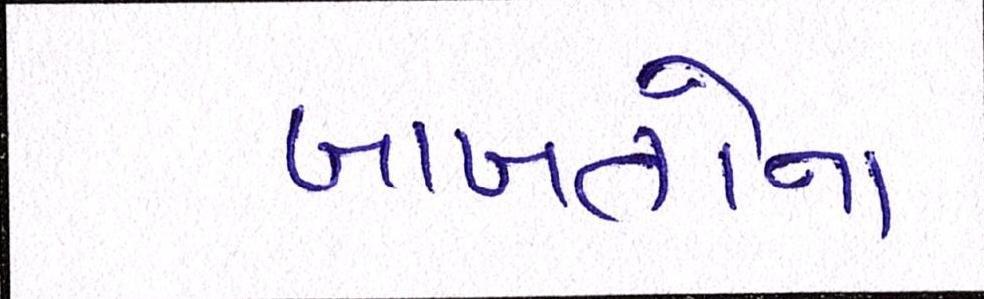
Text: બાબતોના